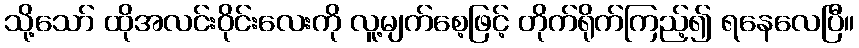
သို့သော် ထိုအလင်းဝိုင်းလေးကို လူ့မျက်စေ့ဖြင့် တိုက်ရိုက်ကြည့်၍ ရနေလေပြီ။